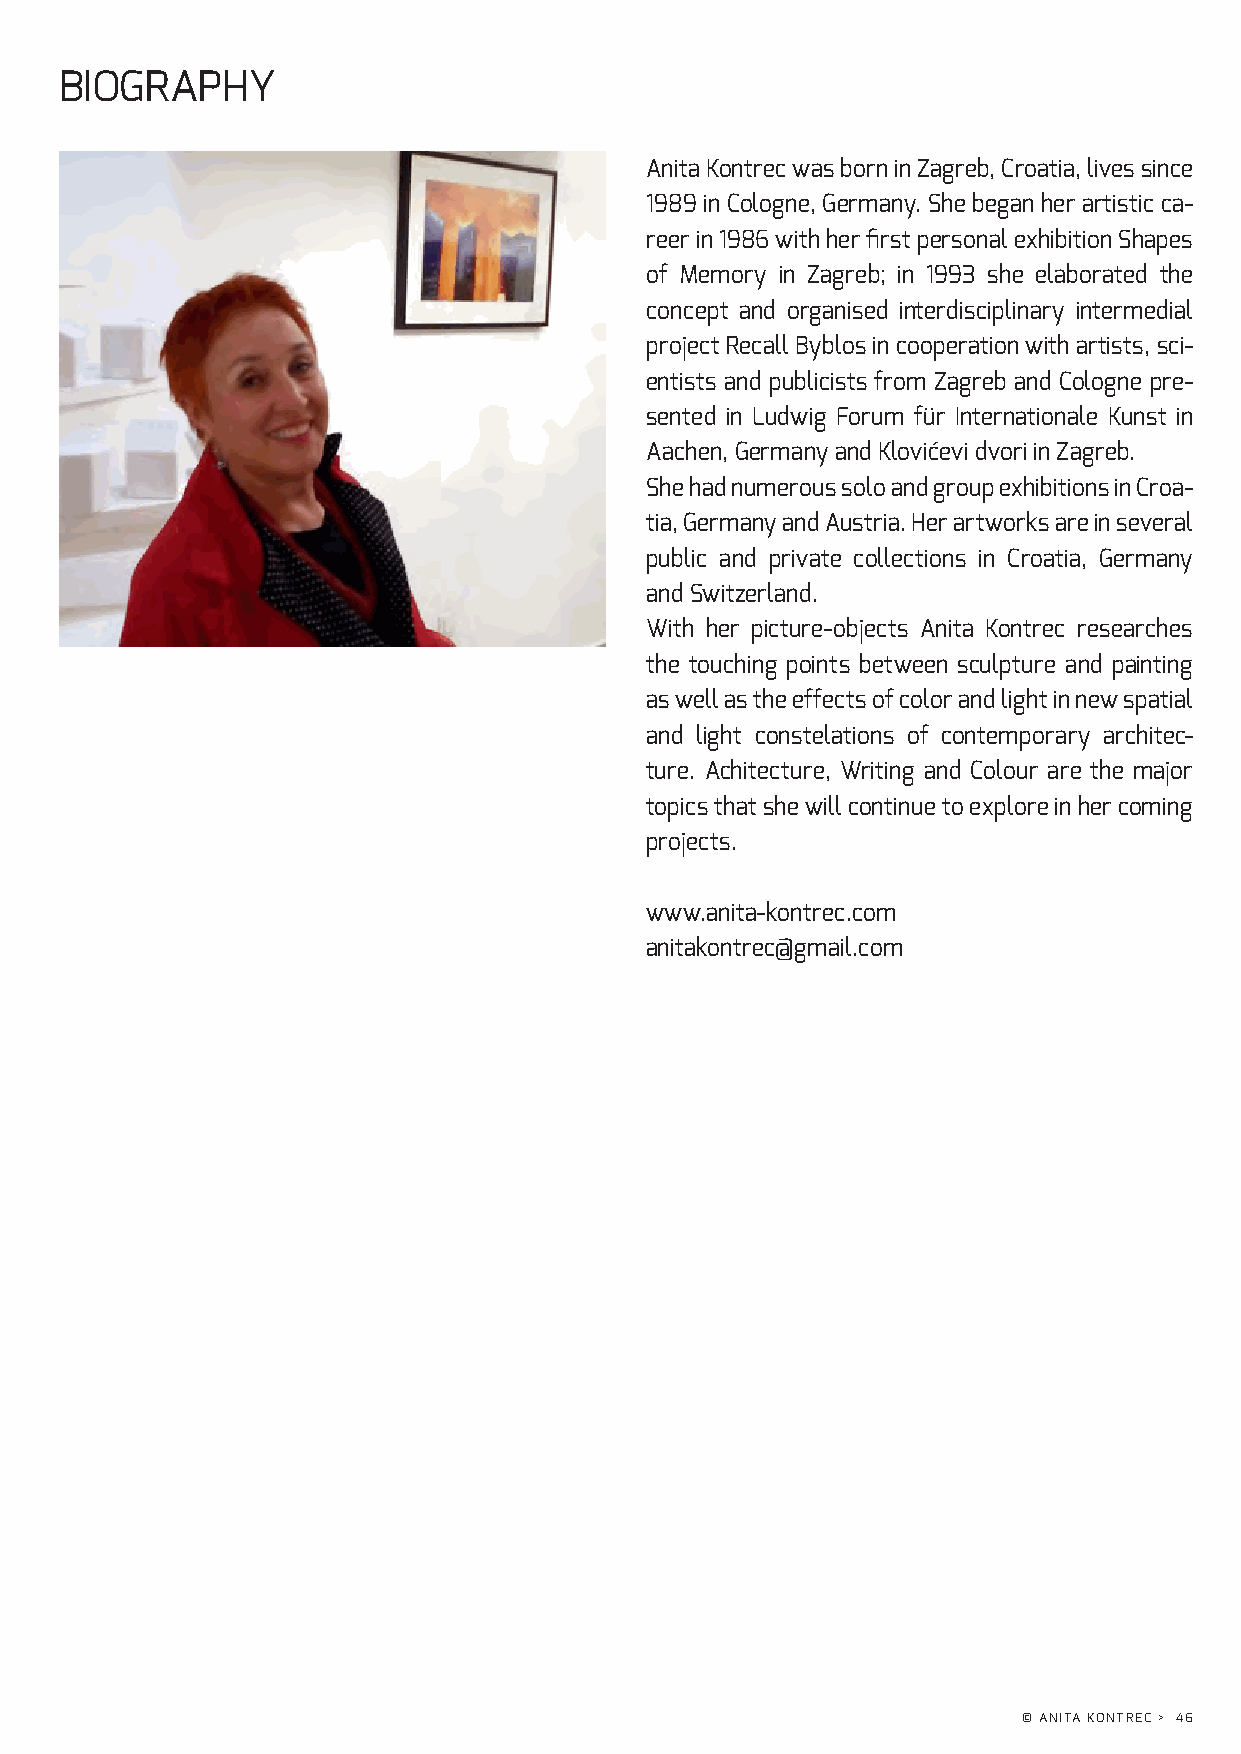
BIOGRAPHY
 Anita Kontrec was born in Zagreb, Croatia, lives since
 1989 in Cologne, Germany. She began her artistic ca-
 reer in 1986 with her first personal exhibition Shapes
 of Memory in Zagreb; in 1993 she elaborated the
 concept and organised interdisciplinary intermedial
 project Recall Byblos in cooperation with artists, sci-
 entists and publicists from Zagreb and Cologne pre-
 sented in Ludwig Forum für Internationale Kunst in
 Aachen, Germany and Klovićevi dvori in Zagreb.
 She had numerous solo and group exhibitions in Croa-
 tia, Germany and Austria. Her artworks are in several
 public and private collections in Croatia, Germany
 and Switzerland.
 With her picture-objects Anita Kontrec researches
 the touching points between sculpture and painting
 as well as the effects of color and light in new spatial
 and light constelations of contemporary architec-
 ture. Achitecture, Writing and Colour are the major
 topics that she will continue to explore in her coming
 projects.
 www.anita-kontrec.com
 anitakontrec@gmail.com
 © ANITA KONTREC > 46